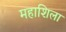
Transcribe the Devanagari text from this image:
महाशिला